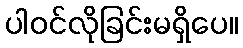
ပါဝင်လိုခြင်းမရှိပေ။